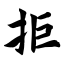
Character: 拒